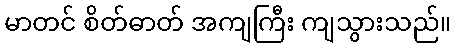
မာတင် စိတ်ဓာတ် အကျကြီး ကျသွားသည်။